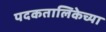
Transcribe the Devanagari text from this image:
पदकतालिकेच्या